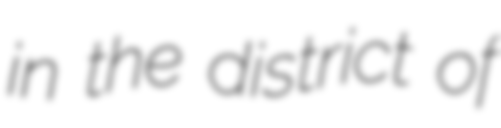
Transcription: in the district of